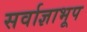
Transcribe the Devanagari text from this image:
सर्वाज्ञाभूप